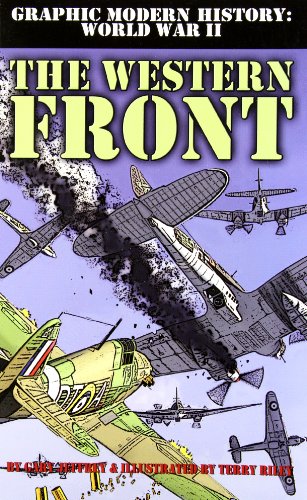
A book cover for The Western Front (Graphic Modern History: World War II (Crabtree)); Gary Jeffrey; Children's Books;